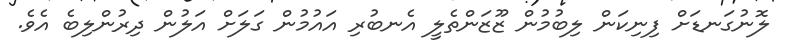
ލޮނުގަނޑަށް ފިނިކަން ލިބުމުން ޒޫޒަންތެލީ އެނބުރި އައުމުން ގަލަށް އަލުން ދިރުންލިބެ އެެވެ.